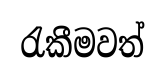
රැකීමවත්